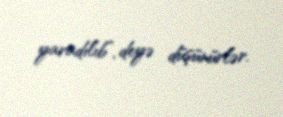
yaradılıb”, deyə düşünürlər.